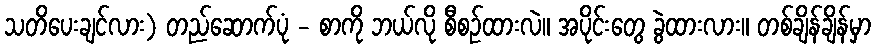
သတိပေးချင်လား) တည်ဆောက်ပုံ - စာကို ဘယ်လို စီစဉ်ထားလဲ။ အပိုင်းတွေ ခွဲထားလား။ တစ်ချိန်ချိန်မှာ